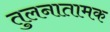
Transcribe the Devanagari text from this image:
तुलनातामक